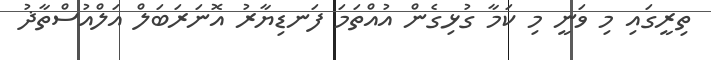
ތިރީގައި މި ވަނީ މި ކަމާ ގުޅިގެން އުއްތަމަ ފަނޑިޔާރު އޮނަރަބަލް އަލްއުސްތާޛު